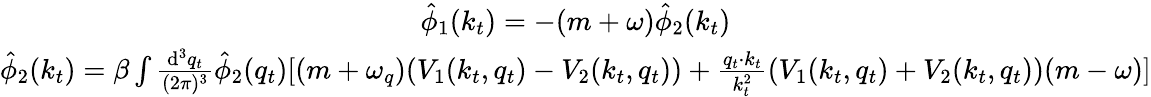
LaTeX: \begin{array}{c}{{\hat{\phi}_{1}(k_{t})=-(m+\omega)\hat{\phi}_{2}(k_{t})}}\\ {{\hat{\phi}_{2}(k_{t})=\beta\int\frac{\mathrm{d}^{3}q_{t}}{(2\pi)^{3}}\hat{\phi}_{2}(q_{t})[(m+\omega_{q})(V_{1}(k_{t},q_{t})-V_{2}(k_{t},q_{t}))+\frac{q_{t}\cdot k_{t}}{k_{t}^{2}}(V_{1}(k_{t},q_{t})+V_{2}(k_{t},q_{t}))(m-\omega)]}}\end{array}